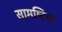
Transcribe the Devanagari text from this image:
सामष्टिक